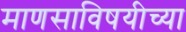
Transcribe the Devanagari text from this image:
माणसाविषयीच्या